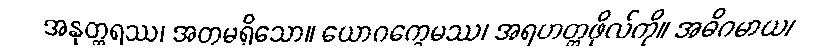
အနုတ္တရဿ၊ အတုမရှိသော။ ယောဂက္ခေမဿ၊ အရဟတ္တဖိုလ်ကို။ အဓိဂမာယ၊